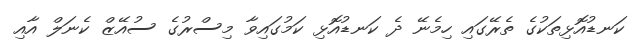
ކަނޑުއޮޅިތަކުގެ ތެރޭގައި ހިމެނޭ ދެ ކަނޑުއޮޅި ކަމުގައިވާ މިސްރުގެ ސުއޭޒް ކެނަލް އާއި